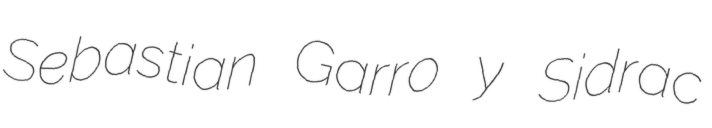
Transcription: Sebastian Garro y Sidrac